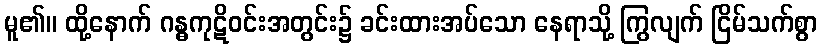
မူ၏။ ထို့နောက် ဂန္ဓကုဋိဝင်းအတွင်း၌ ခင်းထားအပ်သော နေရာသို့ ကြွလျက် ငြိမ်သက်စွာ